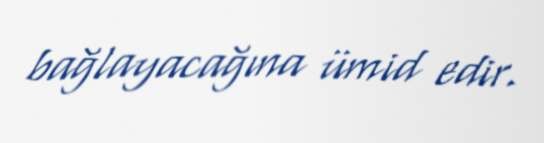
bağlayacağına ümid edir.